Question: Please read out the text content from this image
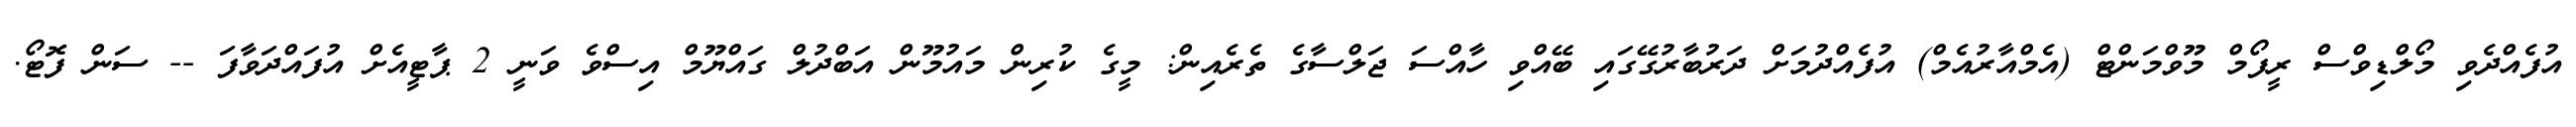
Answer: އުފެއްދެވި މޯލްޑިވްސް ރީފޯމް މޫވްމަންޓް (އެމްއާރުއެމް) އުފެއްދުމަށް ދަރުބާރުގޭގައި ބޭއްވި ހާއްސަ ޖަލްސާގެ ތެރެއިން: މީގެ ކުރިން މައުމޫން އަބްދުލް ގައްޔޫމް އިސްވެ ވަނީ 2 ޕާޓީއެށް އުފައްދަވާފަ -- ސަން ފޮޓޯ.